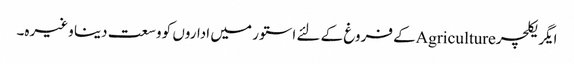
ایگریکلچرAgricultureکے فروغ کے لئے استور میں اداروں کو وسعت دینا وغیرہ۔